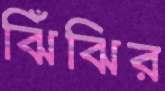
ঝিঁঝির